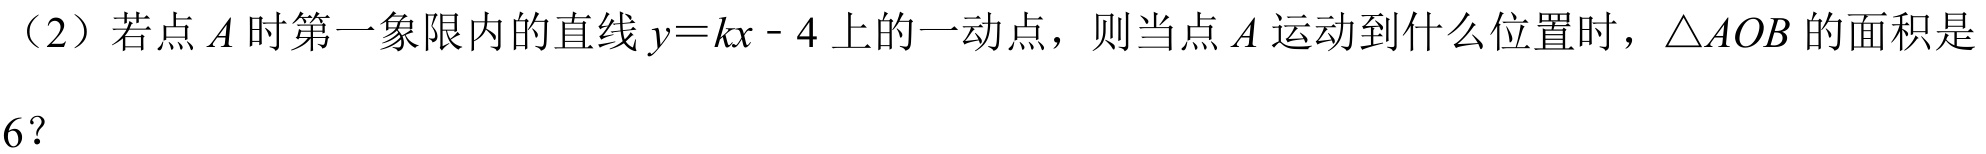
（2）若点\(A\)时第一象限内的直线\(y = kx - 4\)上的一动点，则当点\(A\)运动到什么位置时，\(\triangle AOB\)的面积是
\(6\)？